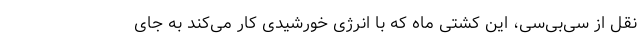
نقل از سی‌بی‌سی، این کشتی ماه که با انرژی خورشیدی کار می‌کند به جای